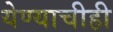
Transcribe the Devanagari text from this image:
येण्याचीही